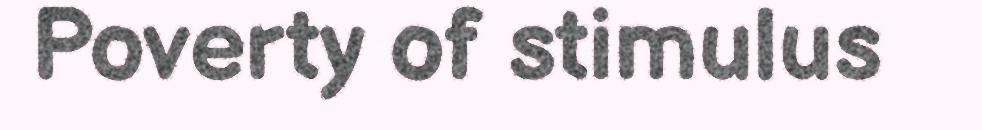
Poverty of stimulus